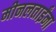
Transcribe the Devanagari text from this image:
मीनलताईंना